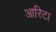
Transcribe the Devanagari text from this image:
आरिटा